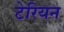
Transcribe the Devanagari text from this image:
टेरियन